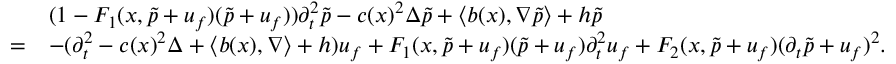
\begin{array} { r l } & { ( 1 - F _ { 1 } ( x , \tilde { p } + u _ { f } ) ( \tilde { p } + u _ { f } ) ) \partial _ { t } ^ { 2 } \tilde { p } - c ( x ) ^ { 2 } \Delta \tilde { p } + \langle b ( x ) , \nabla \tilde { p } \rangle + h \tilde { p } } \\ { = } & { - ( \partial _ { t } ^ { 2 } - c ( x ) ^ { 2 } \Delta + \langle b ( x ) , \nabla \rangle + h ) u _ { f } + F _ { 1 } ( x , \tilde { p } + u _ { f } ) ( \tilde { p } + u _ { f } ) \partial _ { t } ^ { 2 } u _ { f } + F _ { 2 } ( x , \tilde { p } + u _ { f } ) ( \partial _ { t } \tilde { p } + u _ { f } ) ^ { 2 } . } \end{array}